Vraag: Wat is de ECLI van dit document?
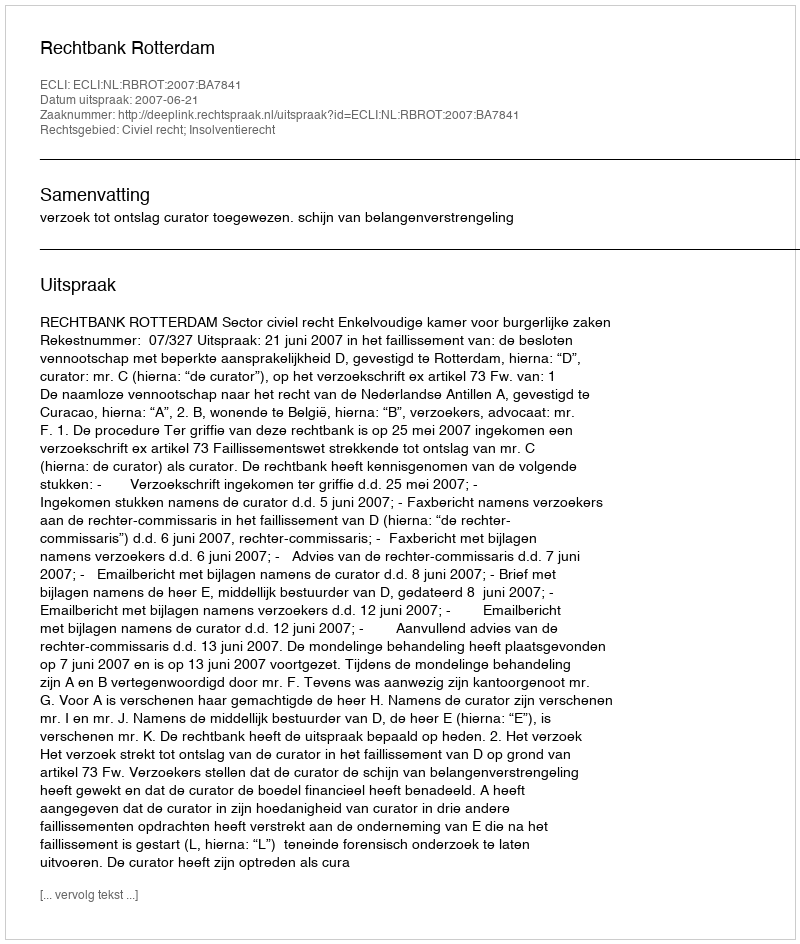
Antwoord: ECLI:NL:RBROT:2007:BA7841